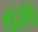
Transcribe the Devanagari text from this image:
थैरेपि